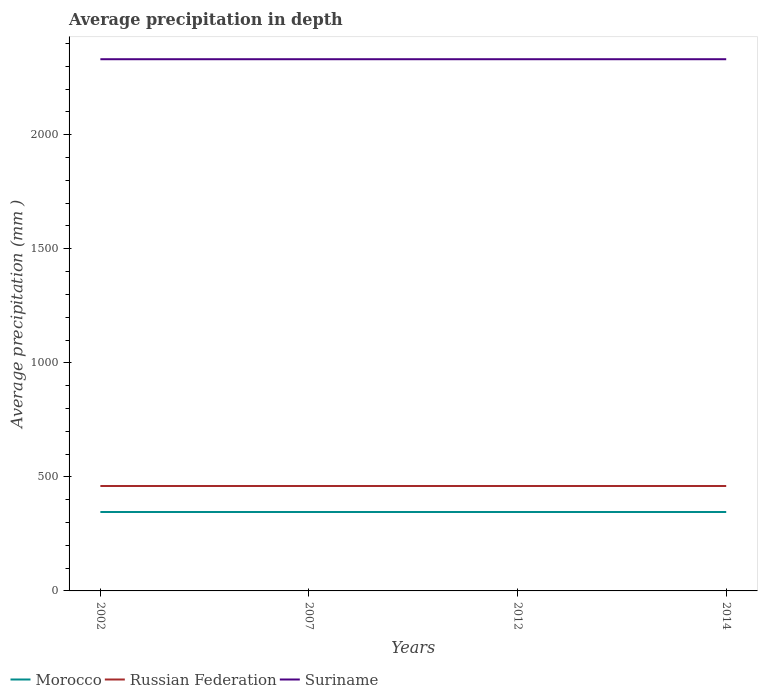
| Years | Morocco | Russian Federation | Suriname |
 | --- | --- | --- | --- |
 | 2002 | 346 | 460 | 2.33e+03 |
 | 2007 | 346 | 460 | 2.33e+03 |
 | 2012 | 346 | 460 | 2.33e+03 |
 | 2014 | 346 | 460 | 2.33e+03 |